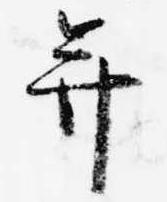
并